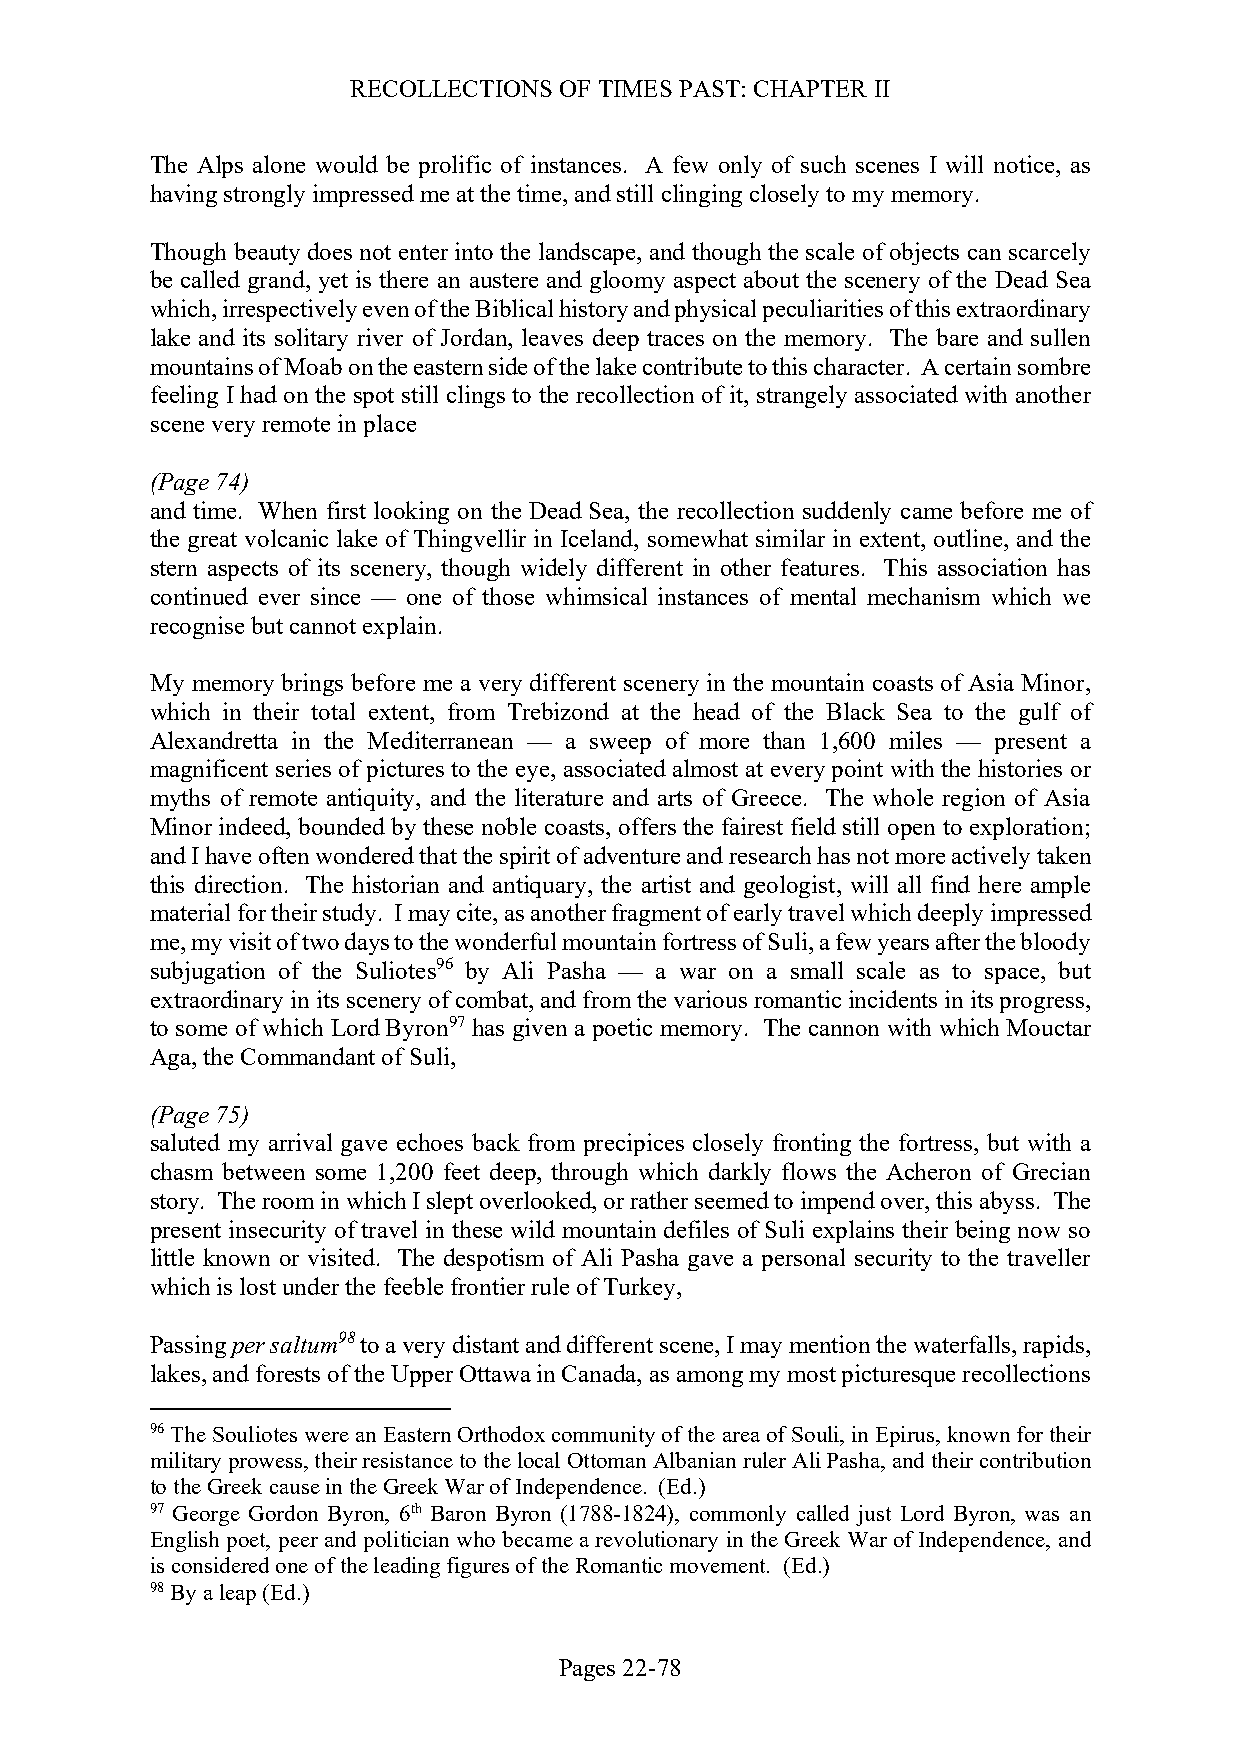
RECOLLECTIONS OF TIMES PAST: CHAPTER II
 The Alps alone would be prolific of instances. A few only of such scenes I will notice, as
 having strongly impressed me at the time, and still clinging closely to my memory.
 Though beauty does not enter into the landscape, and though the scale of objects can scarcely
 be called grand, yet is there an austere and gloomy aspect about the scenery of the Dead Sea
 which, irrespectively even of the Biblical history and physical peculiarities of this extraordinary
 lake and its solitary river of Jordan, leaves deep traces on the memory. The bare and sullen
 mountains of Moab on the eastern side of the lake contribute to this character. A certain sombre
 feeling I had on the spot still clings to the recollection of it, strangely associated with another
 scene very remote in place
 (Page 74)
 and time. When first looking on the Dead Sea, the recollection suddenly came before me of
 the great volcanic lake of Thingvellir in Iceland, somewhat similar in extent, outline, and the
 stern aspects of its scenery, though widely different in other features. This association has
 continued ever since — one of those whimsical instances of mental mechanism which we
 recognise but cannot explain.
 My memory brings before me a very different scenery in the mountain coasts of Asia Minor,
 which in their total extent, from Trebizond at the head of the Black Sea to the gulf of
 Alexandretta in the Mediterranean — a sweep of more than 1,600 miles — present a
 magnificent series of pictures to the eye, associated almost at every point with the histories or
 myths of remote antiquity, and the literature and arts of Greece. The whole region of Asia
 Minor indeed, bounded by these noble coasts, offers the fairest field still open to exploration;
 and I have often wondered that the spirit of adventure and research has not more actively taken
 this direction. The historian and antiquary, the artist and geologist, will all find here ample
 material for their study. I may cite, as another fragment of early travel which deeply impressed
 me, my visit of two days to the wonderful mountain fortress of Suli, a few years after the bloody
 subjugation of the Suliotes96 by Ali Pasha — a war on a small scale as to space, but
 extraordinary in its scenery of combat, and from the various romantic incidents in its progress,
 to some of which Lord Byron97 has given a poetic memory. The cannon with which Mouctar
 Aga, the Commandant of Suli,
 (Page 75)
 saluted my arrival gave echoes back from precipices closely fronting the fortress, but with a
 chasm between some 1,200 feet deep, through which darkly flows the Acheron of Grecian
 story. The room in which I slept overlooked, or rather seemed to impend over, this abyss. The
 present insecurity of travel in these wild mountain defiles of Suli explains their being now so
 little known or visited. The despotism of Ali Pasha gave a personal security to the traveller
 which is lost under the feeble frontier rule of Turkey,
 Passing per saltum98 to a very distant and different scene, I may mention the waterfalls, rapids,
 lakes, and forests of the Upper Ottawa in Canada, as among my most picturesque recollections
 96 The Souliotes were an Eastern Orthodox community of the area of Souli, in Epirus, known for their
 military prowess, their resistance to the local Ottoman Albanian ruler Ali Pasha, and their contribution
 to the Greek cause in the Greek War of Independence. (Ed.)
 97 George Gordon Byron, 6th Baron Byron (1788-1824), commonly called just Lord Byron, was an
 English poet, peer and politician who became a revolutionary in the Greek War of Independence, and
 is considered one of the leading figures of the Romantic movement. (Ed.)
 98 By a leap (Ed.)
 Pages 22-78